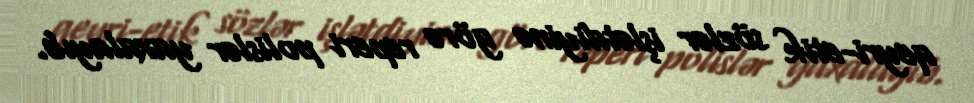
qeyri-etik sözlər işlətdiyinə görə reperi polislər yaxalayıb.